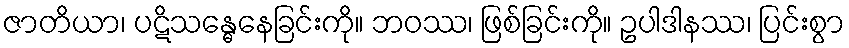
ဇာတိယာ၊ ပဋိသန္ဓေနေခြင်းကို။ ဘဝဿ၊ ဖြစ်ခြင်းကို။ ဥပါဒါနဿ၊ ပြင်းစွာ